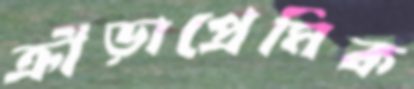
ক্রীড়াপ্রেমিক